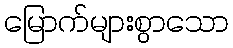
မြောက်များစွာသော